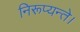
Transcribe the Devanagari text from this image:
निरूप्यन्ते।